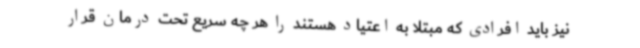
نیز باید افرادی که مبتلا به اعتیاد هستند را هر چه سریع تحت درمان قرار